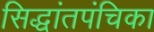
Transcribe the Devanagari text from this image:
सिद्धांतपंचिका